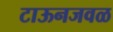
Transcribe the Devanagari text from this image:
टाऊनजवळ